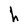
Character: h